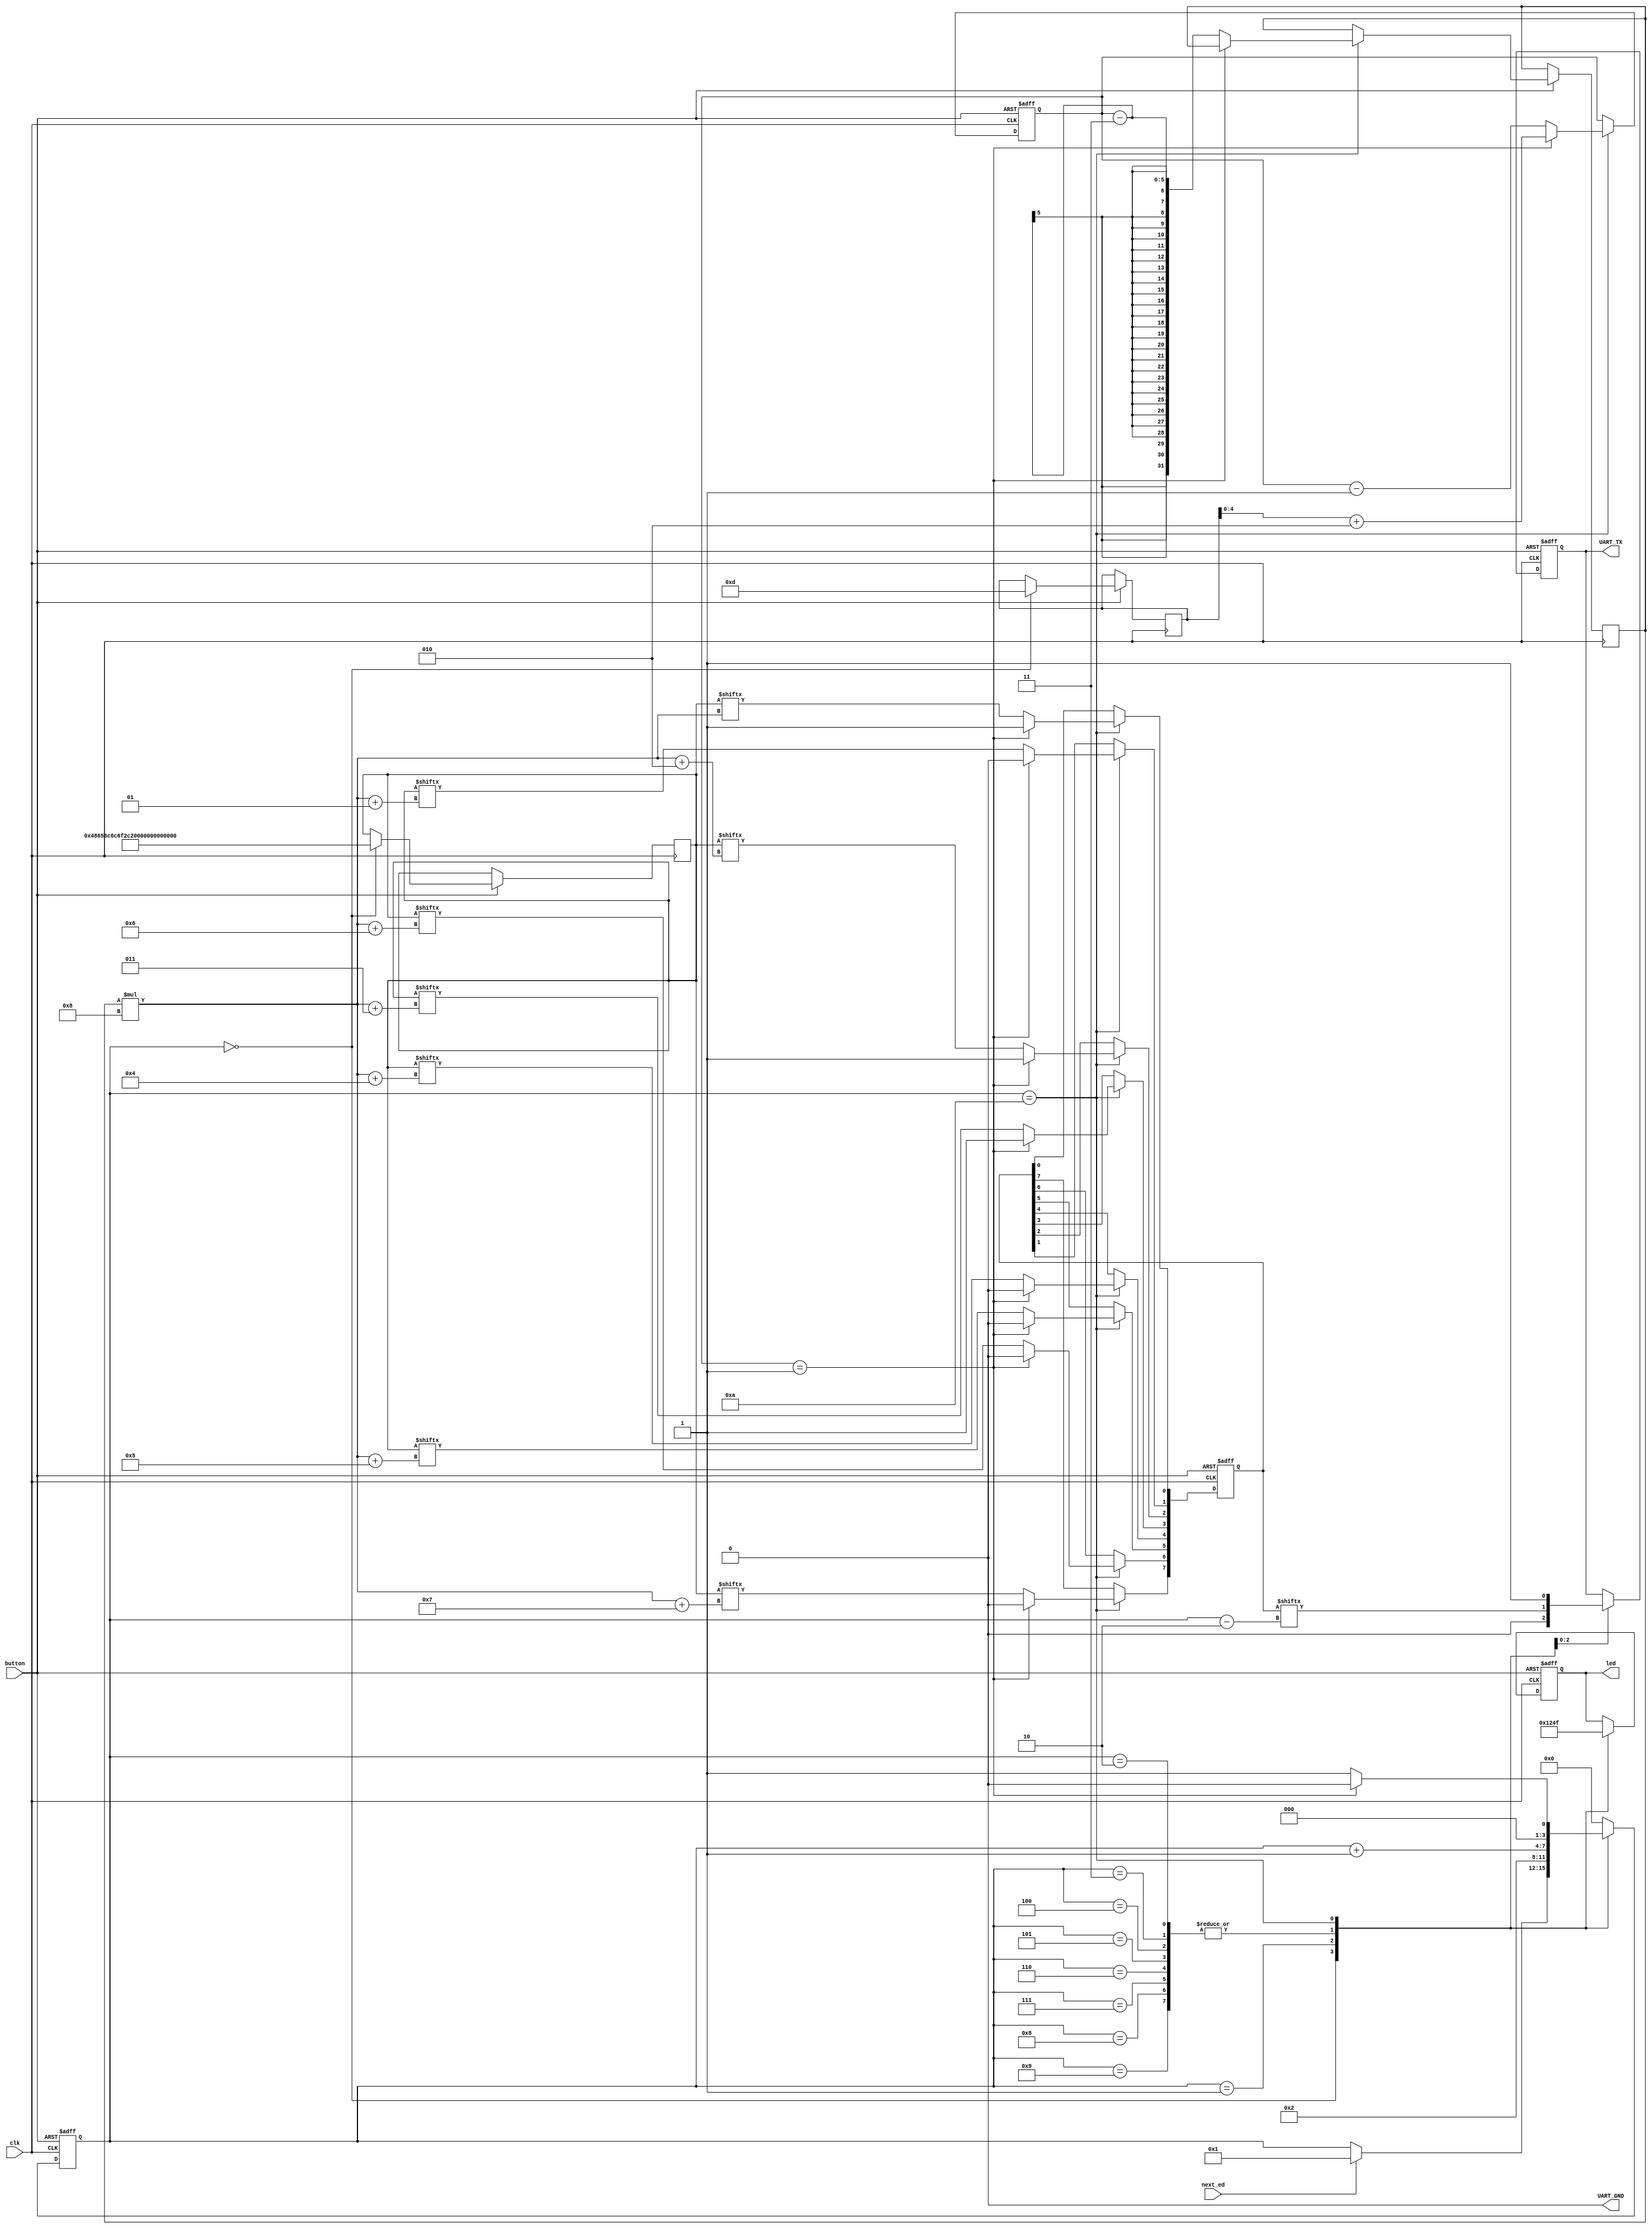
//(MINE without buffer)
/******************************************************************************
 *                                                                             *
 * Copyright 2016 myStorm Copyright and related                                *
 * rights are licensed under the Solderpad Hardware License, Version 0.51      *
 * (the License); you may not use this file except in compliance with        *
 * the License. You may obtain a copy of the License at                        *
 * http://solderpad.org/licenses/SHL-0.51. Unless required by applicable       *
 * law or agreed to in writing, software, hardware and materials               *
 * distributed under this License is distributed on an AS IS BASIS,          *
 * WITHOUT WARRANTIES OR CONDITIONS OF ANY KIND, either express or             *
 * implied. See the License for the specific language governing                *
 * permissions and limitations under the License.                              *
 *                                                                             *
 ******************************************************************************/

// Copied over uart from original chiphack
// have had little luck in finding the right ports to use on the blackice board
// as cannot seem to use the one programming.

// Start: 8'hD: 8'b00001101
// End: 8'hA: 8'b00001010
// Test: 8'h57: 8'b01010111

module uart(  input        clk,
              input 	   next_ed,
              input 	   button,
              output [3:0] led,        // PMOD[55:52]
              output reg   UART_TX,    // PMOD[50]
              output 	   UART_GND);  // possibly use i_tx(/rx) from PMOD3/4?

   // Some register and wire declarations
   reg [3:0] 		   transmit_state;
   reg [7:0] 		   transmit_data;
   reg 			   key1_reg;
   reg [4:0] 		   word_state;
   reg [3:0] 		   led_value;
   
   //reg [8:0] 		   buffer;
   integer 		   i;
   
   integer 		   len; //length of input string
   reg [120:0] 		   transmit_string; //input string


   // Reset
   wire 		   reset;
   assign reset = ~button;

   // Tie UART_GND low
   assign UART_GND = 0;

   assign led = led_value;

   always @(posedge clk or posedge reset) begin
      if (reset) begin
 	 // Reset to the "IDLE" state
 	 transmit_state <= 0;
	 word_state <= 1;
	 led_value <= 1;
	 
 	 // The UART line is set to '1' when idle, or reset
 	 UART_TX <= 1;

 	 // Data we'll transmit - start at ASCII '0'
 	 transmit_data <= 8'h30;
      end
      else begin
 	 case (transmit_state)
 	   0:
 	     begin
 		// Idle state
		transmit_string = "Hello, World!";
		len = 13;
		led_value <= 1;
			       		
		if (next_ed == 1) begin
		   transmit_state <= 1;
		end
 	     end
 	   1:
 	     begin
 		// Start bit state, and progress onto the next state
		UART_TX <= 0;
		transmit_state <= 2;
		led_value <= 2;
	     end
 	   2,3,4,5,6,7,8,9:
 	     begin
		led_value <= 4;
		
 		// Data bits
		UART_TX <= transmit_data[transmit_state - 2];
		transmit_state <= transmit_state + 1;
 	     end
 	   10:
 	     begin
 		// Fills in transmit_data with next letter
		led_value <= 15;
		UART_TX <= 1;
		transmit_state <= 0; //wait for next button
		if (word_state == 0) begin
		   transmit_state <= 0;
		   word_state <= len + 2;
 		end
		if (word_state == 1) begin
		   word_state <= len + 2;
		   transmit_state <= 0;
		   transmit_data <= 8'hD; //carrage return
		end
		else begin
		   transmit_state <= 1;
		   
		   if (word_state == 1) begin
		      transmit_data <= 8'hA; //newline
		   end
		   else begin
		      i <= word_state - 3;
		      
		      transmit_data[0] <= transmit_string[i*8];
		      transmit_data[1] <= transmit_string[i*8+1];
		      transmit_data[2] <= transmit_string[i*8+2];
		      transmit_data[3] <= transmit_string[i*8+3];
		      transmit_data[4] <= transmit_string[i*8+4];
		      transmit_data[5] <= transmit_string[i*8+5];
		      transmit_data[6] <= transmit_string[i*8+6];
		      transmit_data[7] <= transmit_string[i*8+7];
		      
		      //transmit_state <= 0;
		   end
		   word_state <= word_state - 1;
		end
             end

 	   default:
 	     transmit_state <= 0;
 	 endcase
      end
   end

endmodule